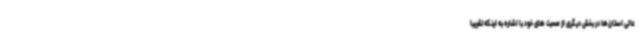
عالی استان‌ها در بخش دیگری از صحبت های خود با اشاره به اینکه تقریبا